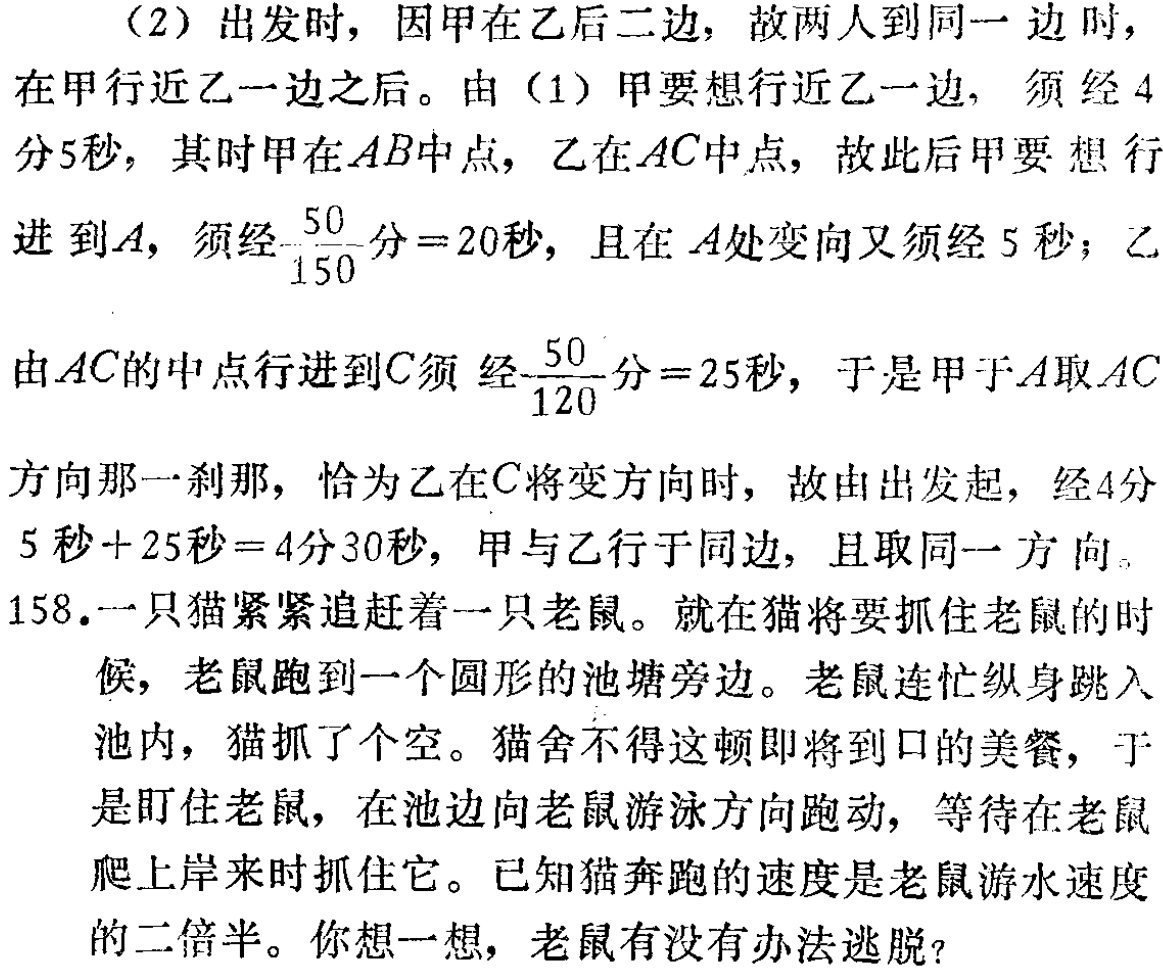
（2）出发时，因甲在乙后二边，故两人到同一边时，

在甲行近乙一边之后。由（1）甲要想行近乙一边，须经 4

分 5 秒，其时甲在 \(AB\)中点，乙在 \(AC\)中点，故此后甲要想

行进到\(A\)，须经\(\frac{50}{150}\)分\( = 20\)秒，且在 \(A\)处变向又须经 5 秒；乙

由\(AC\)的中点行进到\(C\)须经\(\frac{50}{120}\)分\( = 25\)秒，于是甲于\(A\)取\(AC\)

方向那一刹那，恰为乙在\(C\)将变方向时，故由出发起，经4分

5 秒\( + 25\)秒\( = 4\)分 30 秒，甲与乙行于同边，且取同一方向。

158.一只猫紧紧追赶着一只老鼠。就在猫将要抓住老鼠的时

候，老鼠跑到一个圆形的池塘旁边。老鼠连忙纵身跳入

池内，猫抓了个空。猫舍不得这顿即将到口的美餐，于

是盯住老鼠，在池边向老鼠游泳方向跑动，等待在老鼠

爬上岸来时抓住它。已知猫奔跑的速度是老鼠游水速度

的二倍半。你想一想，老鼠有没有办法逃脱？